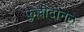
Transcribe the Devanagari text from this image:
फुल्लीटोनल